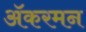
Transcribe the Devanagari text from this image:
ॲकरमन